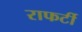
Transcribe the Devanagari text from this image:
राफर्टी